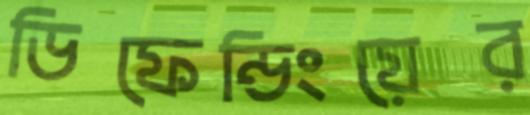
ডিফেন্ডিংয়ের